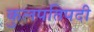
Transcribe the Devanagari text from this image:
कुलपतिपदी